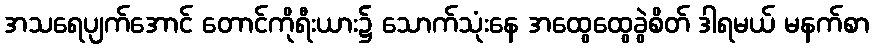
အသရေပျက်အောင် တောင်ကိုရီးယား၌ သောက်သုံးနေ အထွေထွေခွဲစိတ် ဒါရမယ် မနက်စာ